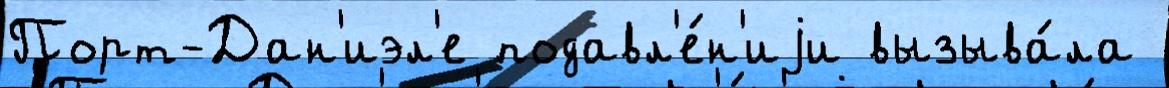
Порт-Дан'иэл'е подавл'е́н'иjи вызыва́ла